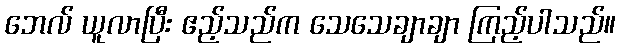
ဘေလ် ယူလာပြီး ဧည့်သည်က သေသေချာချာ ကြည့်ပါသည်။